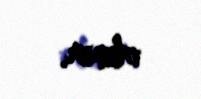
olunur.